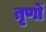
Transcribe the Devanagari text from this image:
तृणों